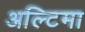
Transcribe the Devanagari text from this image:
अल्टिमा